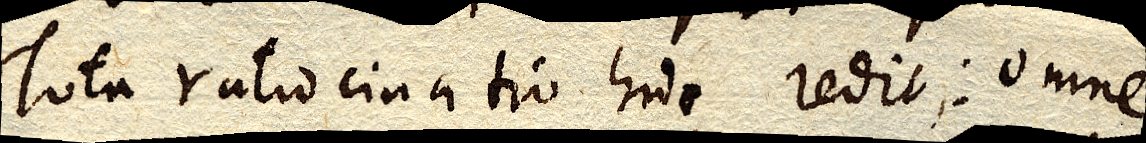
Tota ratiocinatio huc redit: omne